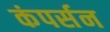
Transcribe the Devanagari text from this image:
कंपर्सन